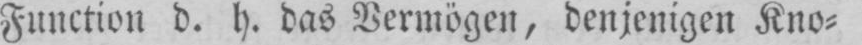
Function d. h. das Vermögen, denjenigen Kno⸗